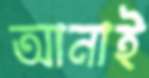
আনাই